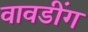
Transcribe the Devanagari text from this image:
वावडींग